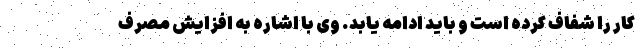
کار را شفاف کرده است و باید ادامه یابد. وی با اشاره به افزایش مصرف